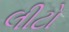
લીટો